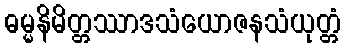
ဓမ္မနိမိတ္တဿာဒသံယောဇနသံယုတ္တံ